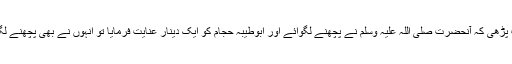
یہاں تک کہ جب آپ نے یہ حدیث پڑھی کہ آنحضرت صلی اللہ علیہ وسلم نے پچھنے لگوائے اور ابوطیبہ حجام کو ایک دینار عنایت فرمایا تو انہوں نے بھی پچھنے لگوائے اور حجام کو ایک دینار دِیا۔